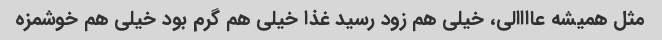
مثل همیشه عاااالی، خیلی هم زود رسید غذا خیلی هم گرم بود خیلی هم خوشمزه